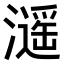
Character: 𤁠